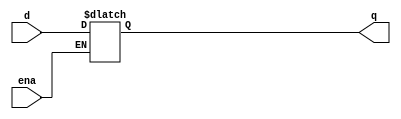
module top_module (
    input d, 
    input ena,
    output q);
    
    always @(*) begin
        if(ena) begin
            q = d;
        end
    end

endmodule